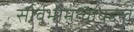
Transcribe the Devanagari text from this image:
सार्वभौमत्वाबद्दल